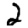
Digit: 2